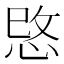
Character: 𢚓